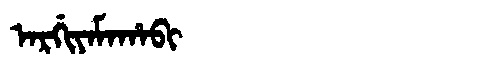
Manchu: ᠠᡵᡤᡳᠶᠠᠮᠠᡥᠠᠪᡳ
Romanization: ARGIYAMAHABI